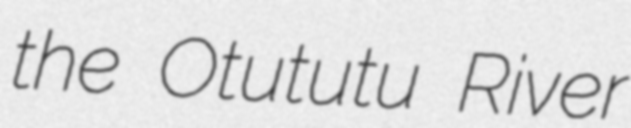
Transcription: the Otututu River